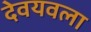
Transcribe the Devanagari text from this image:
देवयवला